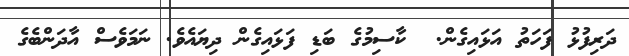
ދަރިފުޅު ފަހަތު އަޅައިގެން.  ކާސިމުގެ ބަޑި ފަޅައިގެން ދިޔައެވެ. ނަމަވެސް އާދަންބެގެ